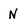
Character: N